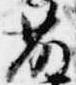
藤